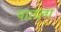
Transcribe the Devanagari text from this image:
पातला